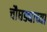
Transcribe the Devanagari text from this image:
चौघड्याच्या